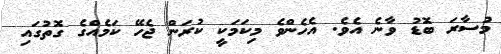
މުސާރަ ބޮޑު ވާނެ އެވެ. އެހެންވެ މިކަމަކީ ކުރަން ޖެހޭ ކަމެއްގެ ގޮތުގައި